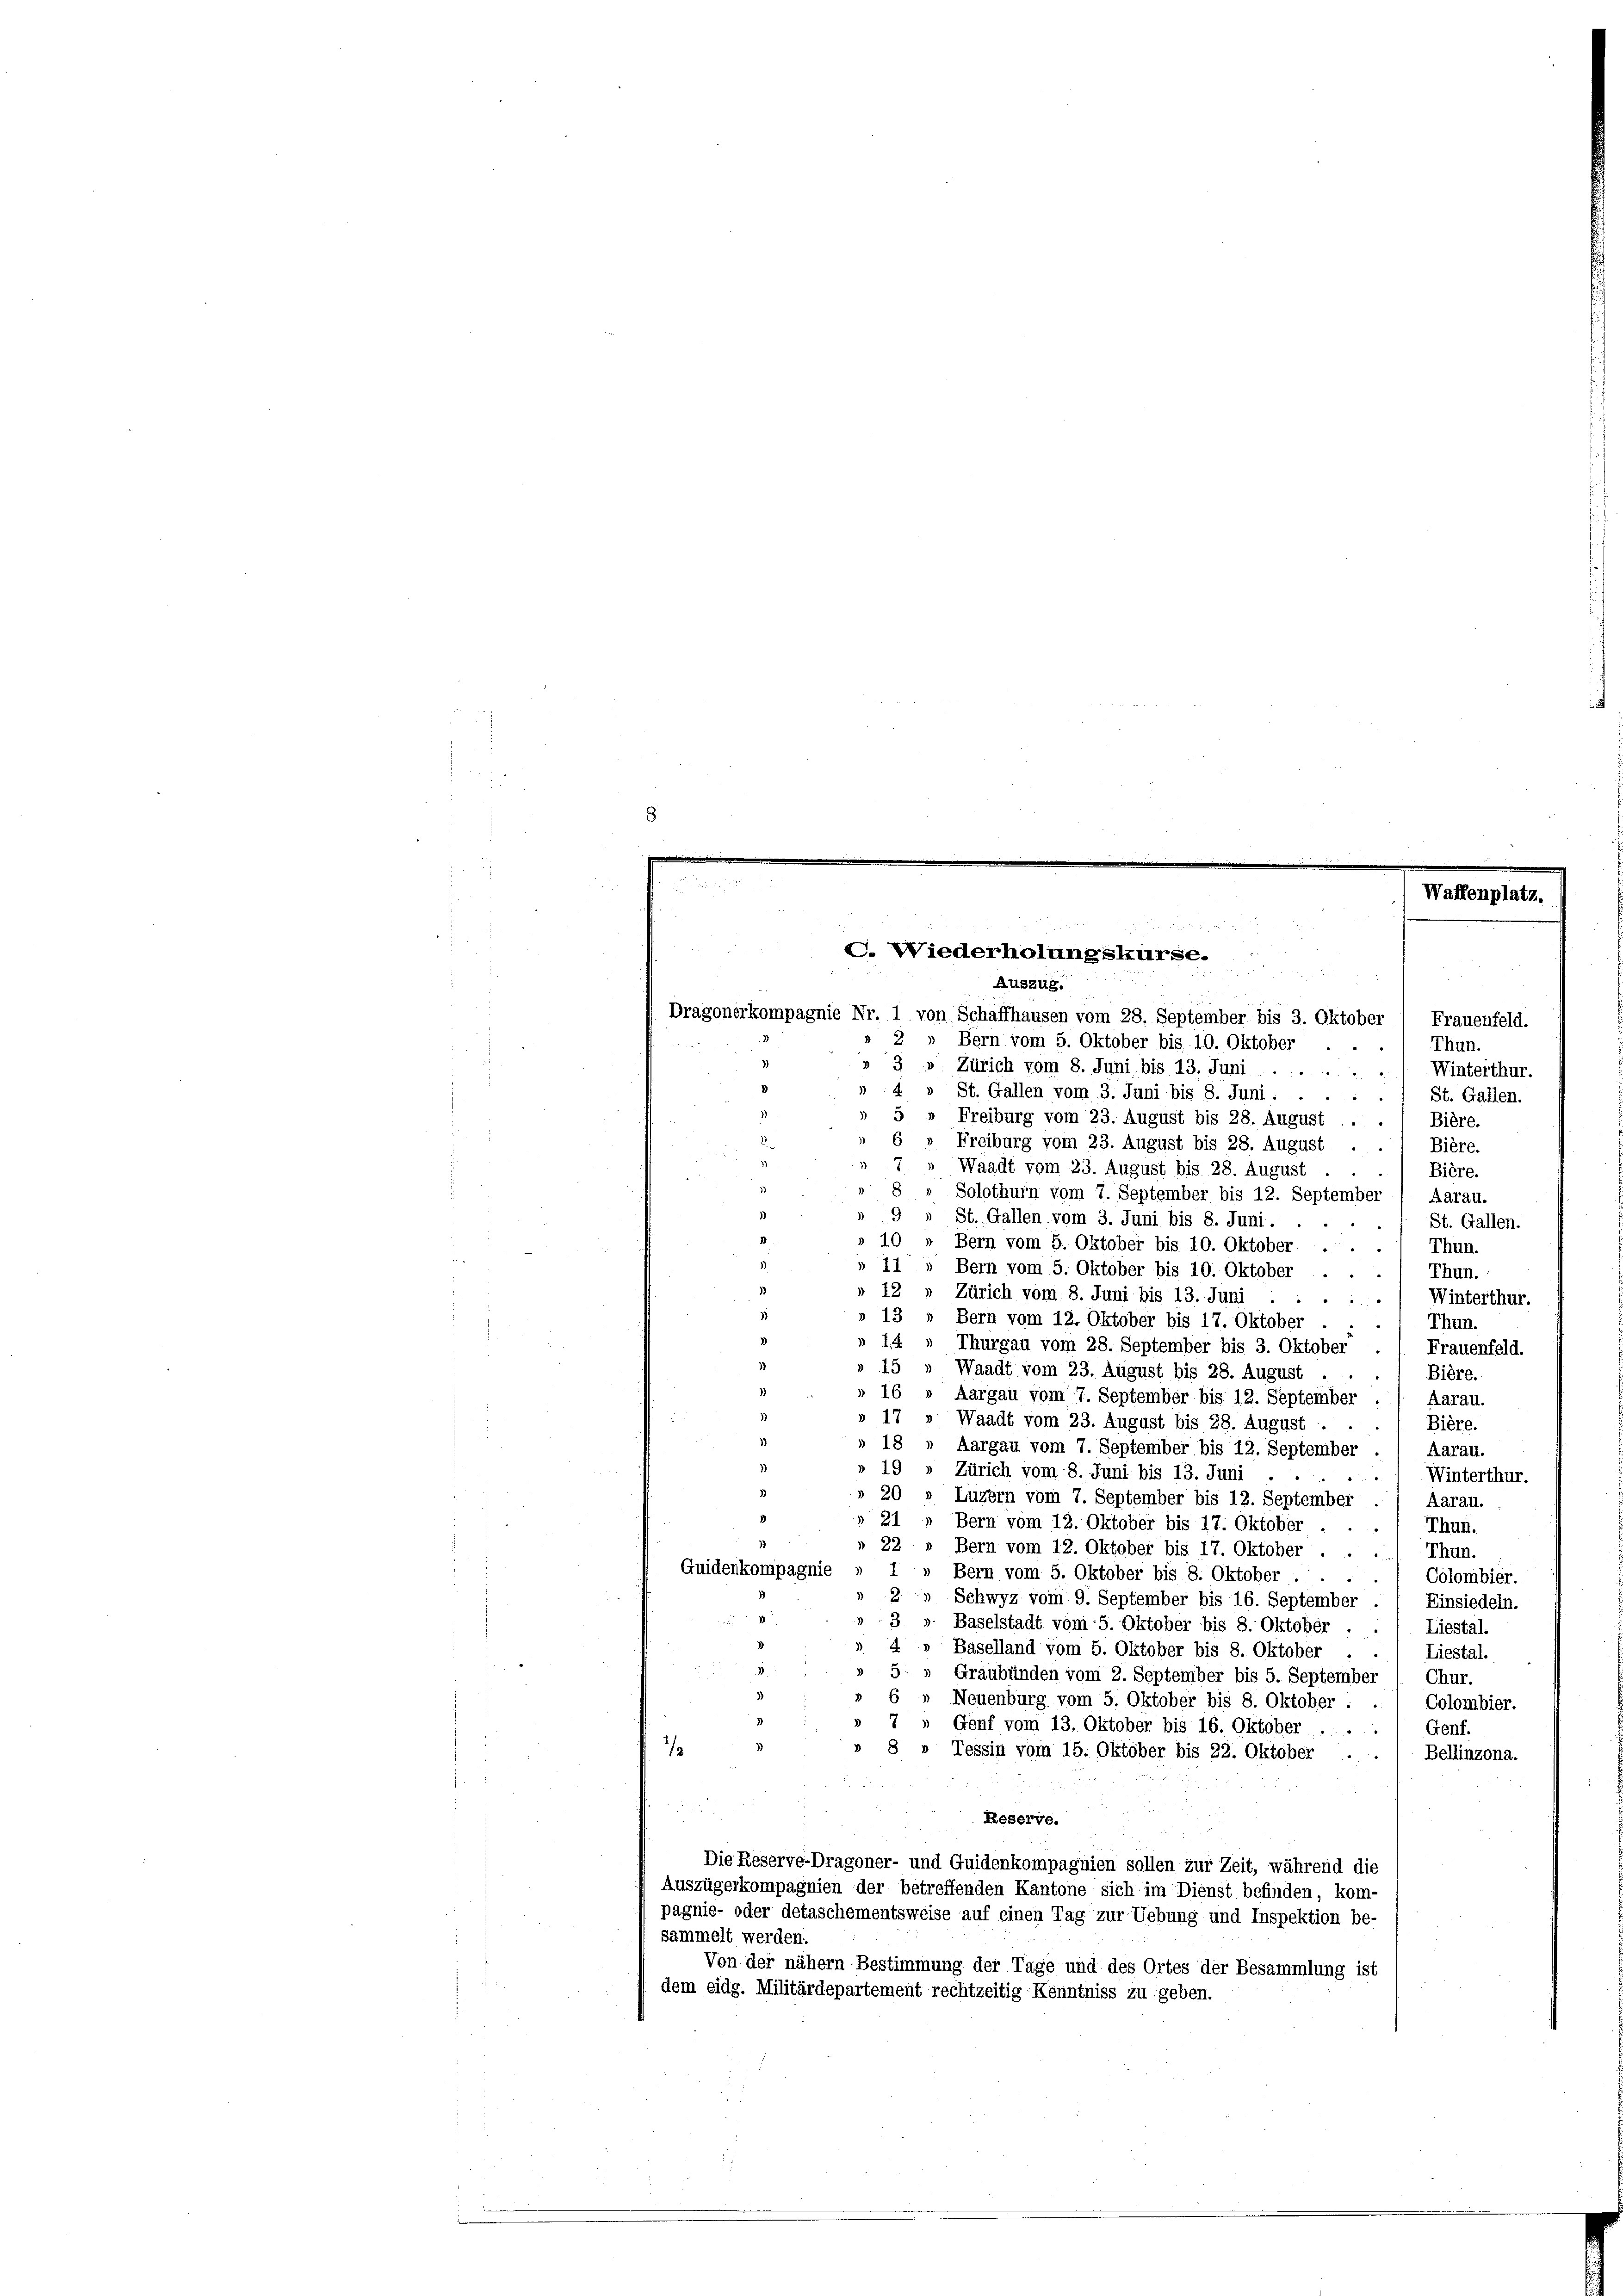
i

Dragonerkompagnie Nr. 1 von Schaffhausen vom 28. September bis 3. Oktober
2.
St. Gallen vom 3. Juni bis 8. Juni . .
St. Gallen.
Freiburg vom 23. August bis 28. August .
Bière.
Freiburg vom 23. August bis 28. August
Bière.
Waadt vom 23. August bis 28. August
Bière.
Solothurn vom 7. September bis 12. September
Aarau.
9 » St. Gallen vom 3. Juni bis 8. Juni.
St. Gallen.
Bern vom 5. Oktober bis 10. Oktober
Thun.
Bern vom 5. Oktober bis 10. Oktober
Thun.
4
Zürich vom 8. Juni bis 13. Juni .
Winterthur.

Bern vom 12. Oktober bis 17. Oktober
Thun.
u
Thurgau vom 28. September bis 3. Oktober
Frauenfeld.
Waadt vom 23. August bis 28. August .
Bière.
Aargau vom 7. September bis 12. September /. Aarau.
Waadt vom 23. August bis 28. August . .
Bière.
Aargau vom 7. September bis 12. September .
Aarau.
Zürich vom 8. Juni bis 13. Juni .
Winterthur.
d
Luzern vom 7. September bis 12. September
Aarau.
Bern vom 12. Oktober bis 17. Oktober . . . ) Thun.
Bern vom 12. Oktober bis 17. Oktober . . .
Thun.
Bern vom 5. Oktober bis 8. Oktober . . . . 1 Colombier.
Schwyz vom 9. September bis 16. September
Einsiedeln.
3» Baselstadt vom 5. Oktober bis 8. Oktober .
Liestal.
.
Baselland vom 5. Oktober bis 8. Oktober
Liestal.
5
Graubünden vom 2. September bis 5. September / Chur.
Neuenburg vom 5. Oktober bis 8. Oktober.
Colombier.
7
Genf vom 13. Oktober bis 16. Oktober ..
Genf.
8 » Tessin vom 15. Oktober bis 22. Oktober . . / Bellinzona.
Reserve.
Die Reserve-Dragoner- und Guidenkompagnien sollen zur Zeit, während die
Auszügerkompagnien der betreffenden Kantone sich im Dienst befinden, kom-
pagnie- oder detaschementsweise auf einen Tag zur Uebung und Inspektion be-
sammelt werden:
Von der nähern Bestimmung der Tage und des Ortes der Besammlung ist
dem eidg. Militärdepartement rechtzeitig Kenntniss zu geben.

i
C. Wiederholungskurse.

IV

Auszug.
Frauenfeld.
Bern vom 5. Oktober bis 10. Oktober
Thun.
3 v. Zürich vom 8. Juni bis 13. Juni  ..
Winterthur.